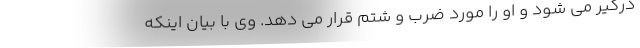
درگیر می شود و او را مورد ضرب و شتم قرار می دهد. وی با بیان اینکه